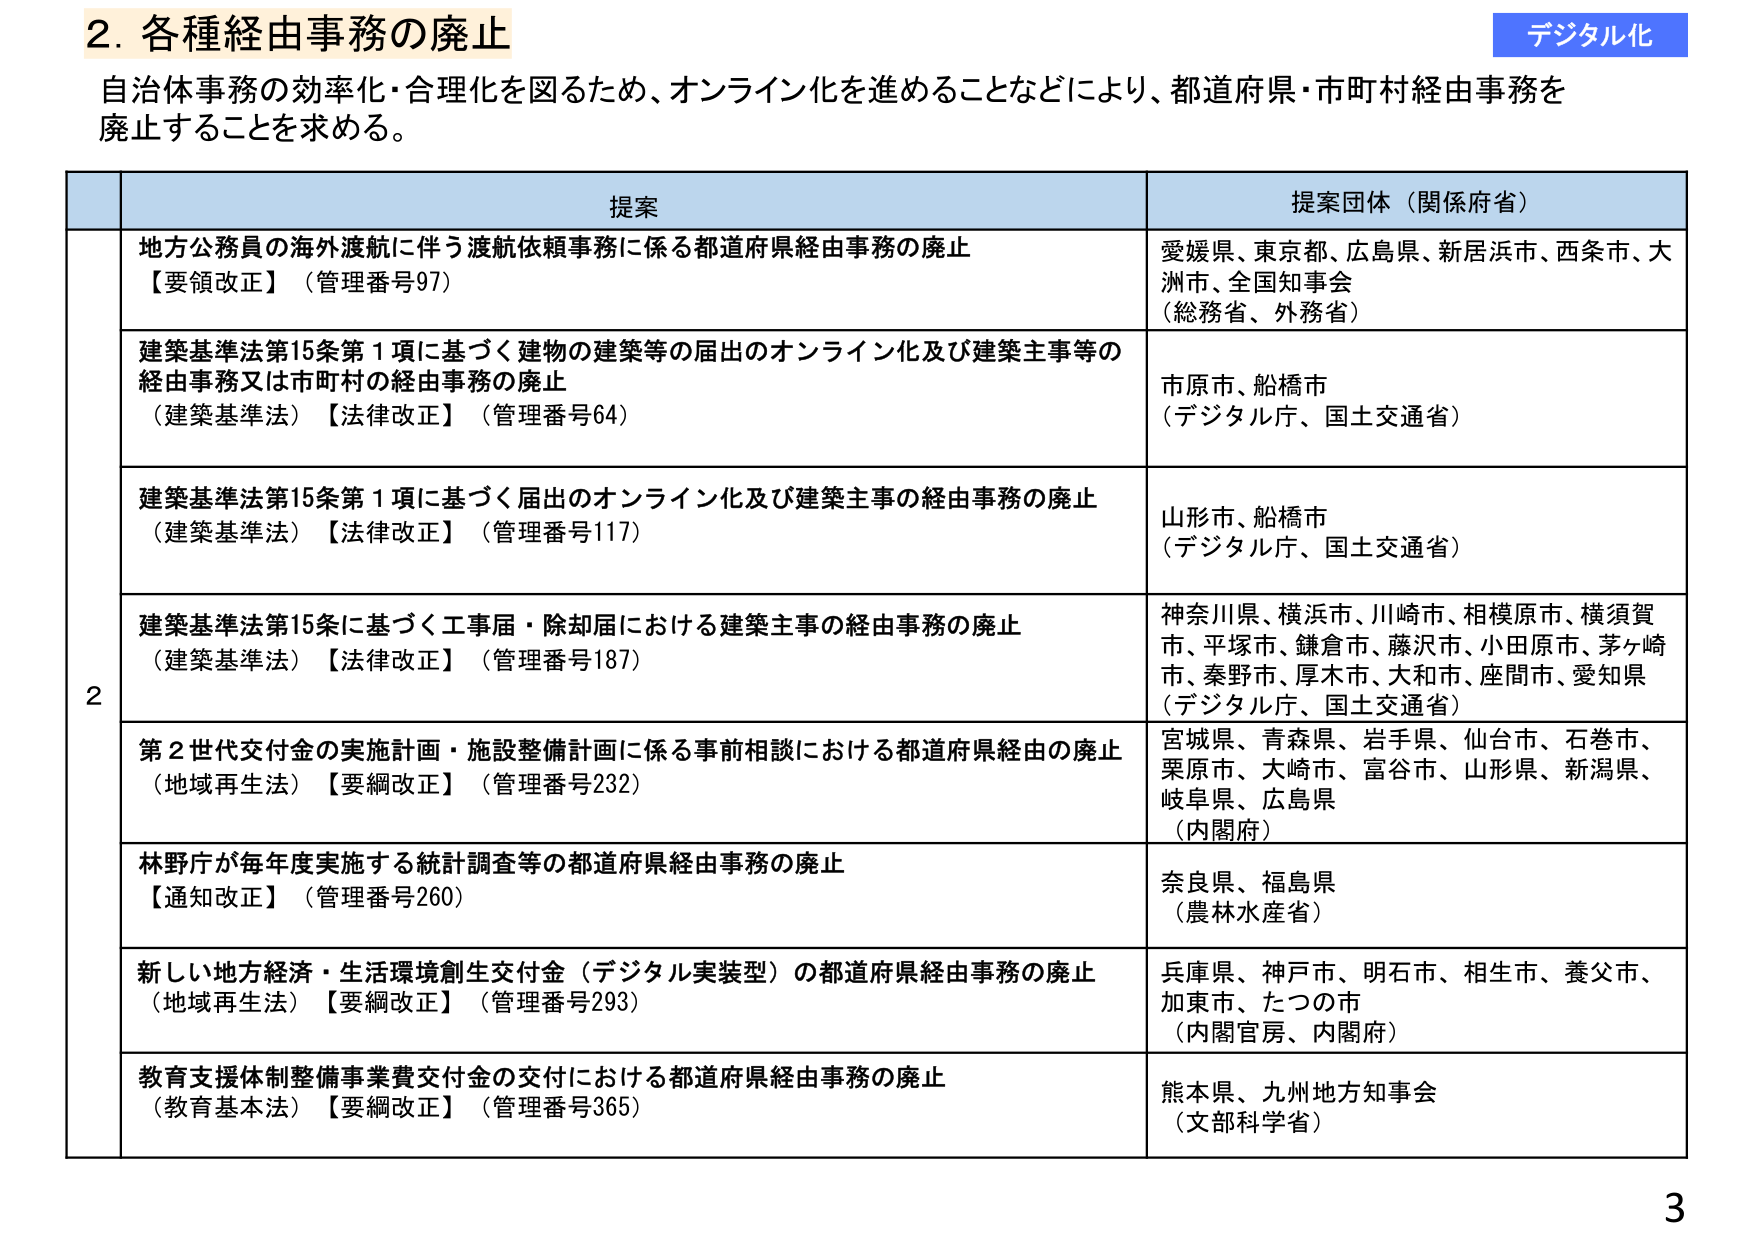
2. 各種経由事務の廃止
デジタル化
自治体事務の効率化・合理化を図るため、オンライン化を進めることなどにより、都道府県・市町村経由事務を
廃止することを求める。

提案
提案団体（関係府省）

2
地方公務員の海外渡航に伴う渡航依頼事務に係る都道府県経由事務の廃止
【要領改正】（管理番号97）
愛媛県、東京都、広島県、新居浜市、西条市、大洲市、全国知事会
（総務省、外務省）

建築基準法第15条第1項に基づく建物の建築等の届出のオンライン化及び建築主事等の
経由事務又は市町村の経由事務の廃止
（建築基準法）【法律改正】（管理番号64）
市原市、船橋市
（デジタル庁、国土交通省）

建築基準法第15条第1項に基づく届出のオンライン化及び建築主事の経由事務の廃止
（建築基準法）【法律改正】（管理番号117）
山形市、船橋市
（デジタル庁、国土交通省）

建築基準法第15条に基づく工事届・除却届における建築主事の経由事務の廃止
（建築基準法）【法律改正】（管理番号187）
神奈川県、横浜市、川崎市、相模原市、横須賀市、平塚市、鎌倉市、藤沢市、小田原市、茅ヶ崎市、秦野市、厚木市、大和市、座間市、愛知県
（デジタル庁、国土交通省）

第2世代交付金の実施計画・施設整備計画に係る事前相談における都道府県経由の廃止
（地域再生法）【要綱改正】（管理番号232）
宮城県、青森県、岩手県、仙台市、石巻市、栗原市、大崎市、富谷市、山形県、新潟県、岐阜県、広島県
（内閣府）

林野庁が毎年度実施する統計調査等の都道府県経由事務の廃止
【通知改正】（管理番号260）
奈良県、福島県
（農林水産省）

新しい地方経済・生活環境創生交付金（デジタル実装型）の都道府県経由事務の廃止
（地域再生法）【要綱改正】（管理番号293）
兵庫県、神戸市、明石市、相生市、養父市、加東市、たつの市
（内閣官房、内閣府）

教育支援体制整備事業費交付金の交付における都道府県経由事務の廃止
（教育基本法）【要綱改正】（管理番号365）
熊本県、九州地方知事会
（文部科学省）

3